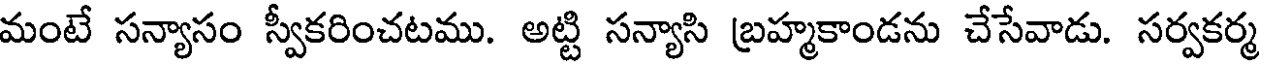
మంటే సన్యాసం స్వీకరించటము. అట్టి సన్యాసి బ్రహ్మకాండను చేసేవాడు. సర్వకర్మ